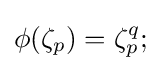
\phi (\zeta _{p})=\zeta _{p}^{q};